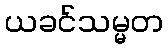
ယခင်သမ္မတ